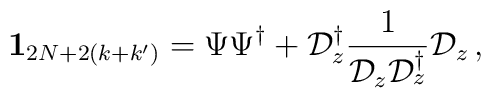
\textbf{1}_{2N+2(k+k')}=\Psi\Psi^{\dagger}+\mathcal{D}_z^{\dagger}\frac{1}{ \mathcal{D}_z\mathcal{D}^{\dagger}_z}\mathcal{D}_z\,,